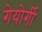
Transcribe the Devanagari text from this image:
गेयोर्गी